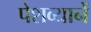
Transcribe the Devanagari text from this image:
पेशव्यानें